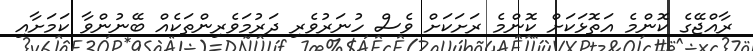
ރާއްޖޭގެ ކޮންމެ އަތޮޅަކަށް ކޮންމެ ރަށަކަށް ވެސް ހުނަރުވެރި ދަރުމަވެރިންތަކެއް ބޭނުންވާ ކަމަށާއި